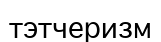
тэтчеризм